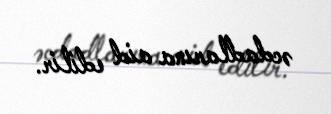
əcdadlarına aid edilir.